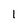
Character: I